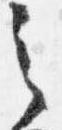
之